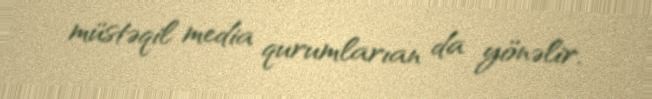
müstəqil media qurumlarıan da yönəlir.